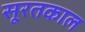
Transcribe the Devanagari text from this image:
सूरतकाल